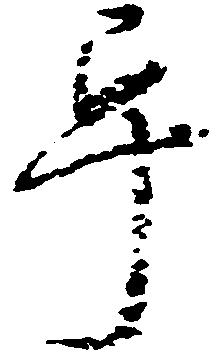
畢